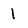
Character: 1